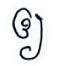
ឲ្យ